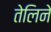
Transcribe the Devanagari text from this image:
तेलिने